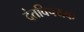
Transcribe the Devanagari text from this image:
दंतविषयक